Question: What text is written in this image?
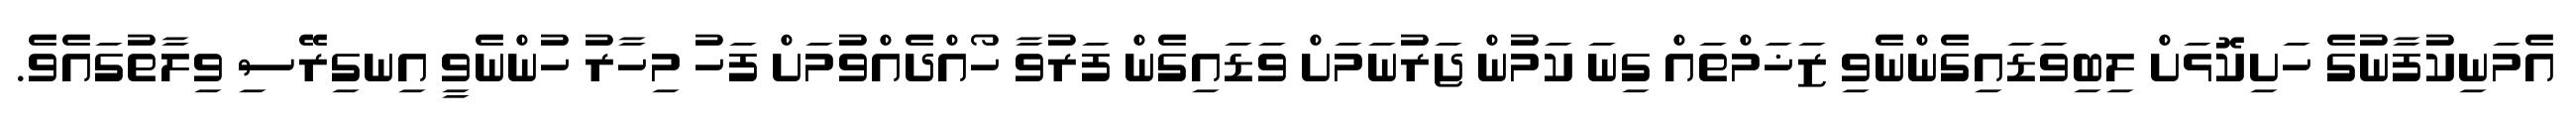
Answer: އެމަނިކުފާނުގެ ހަށިކޮޅަށް ލިބިވަޑައިގެންނެވި ޒަޚަމްތައް ގިނަ ކަމުން ޖަރުނަމަށް ވަޑައިގެން ފަރުވާ ހޯއްދެއްވުމަށް ފަހު މިހާރު ހުންނެވީ އިނގިރޭސި ވިލާތުގައެވެ.